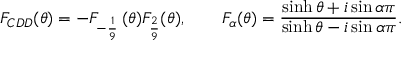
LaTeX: F _ { C D D } ( \theta ) = - F _ { - \frac { 1 } { 9 } } \, ( \theta ) F _ { \frac { 2 } { 9 } } ( \theta ) , \qquad F _ { \alpha } ( \theta ) = { \frac { \sinh \theta + i \sin \alpha \pi } { \sinh \theta - i \sin \alpha \pi } } .